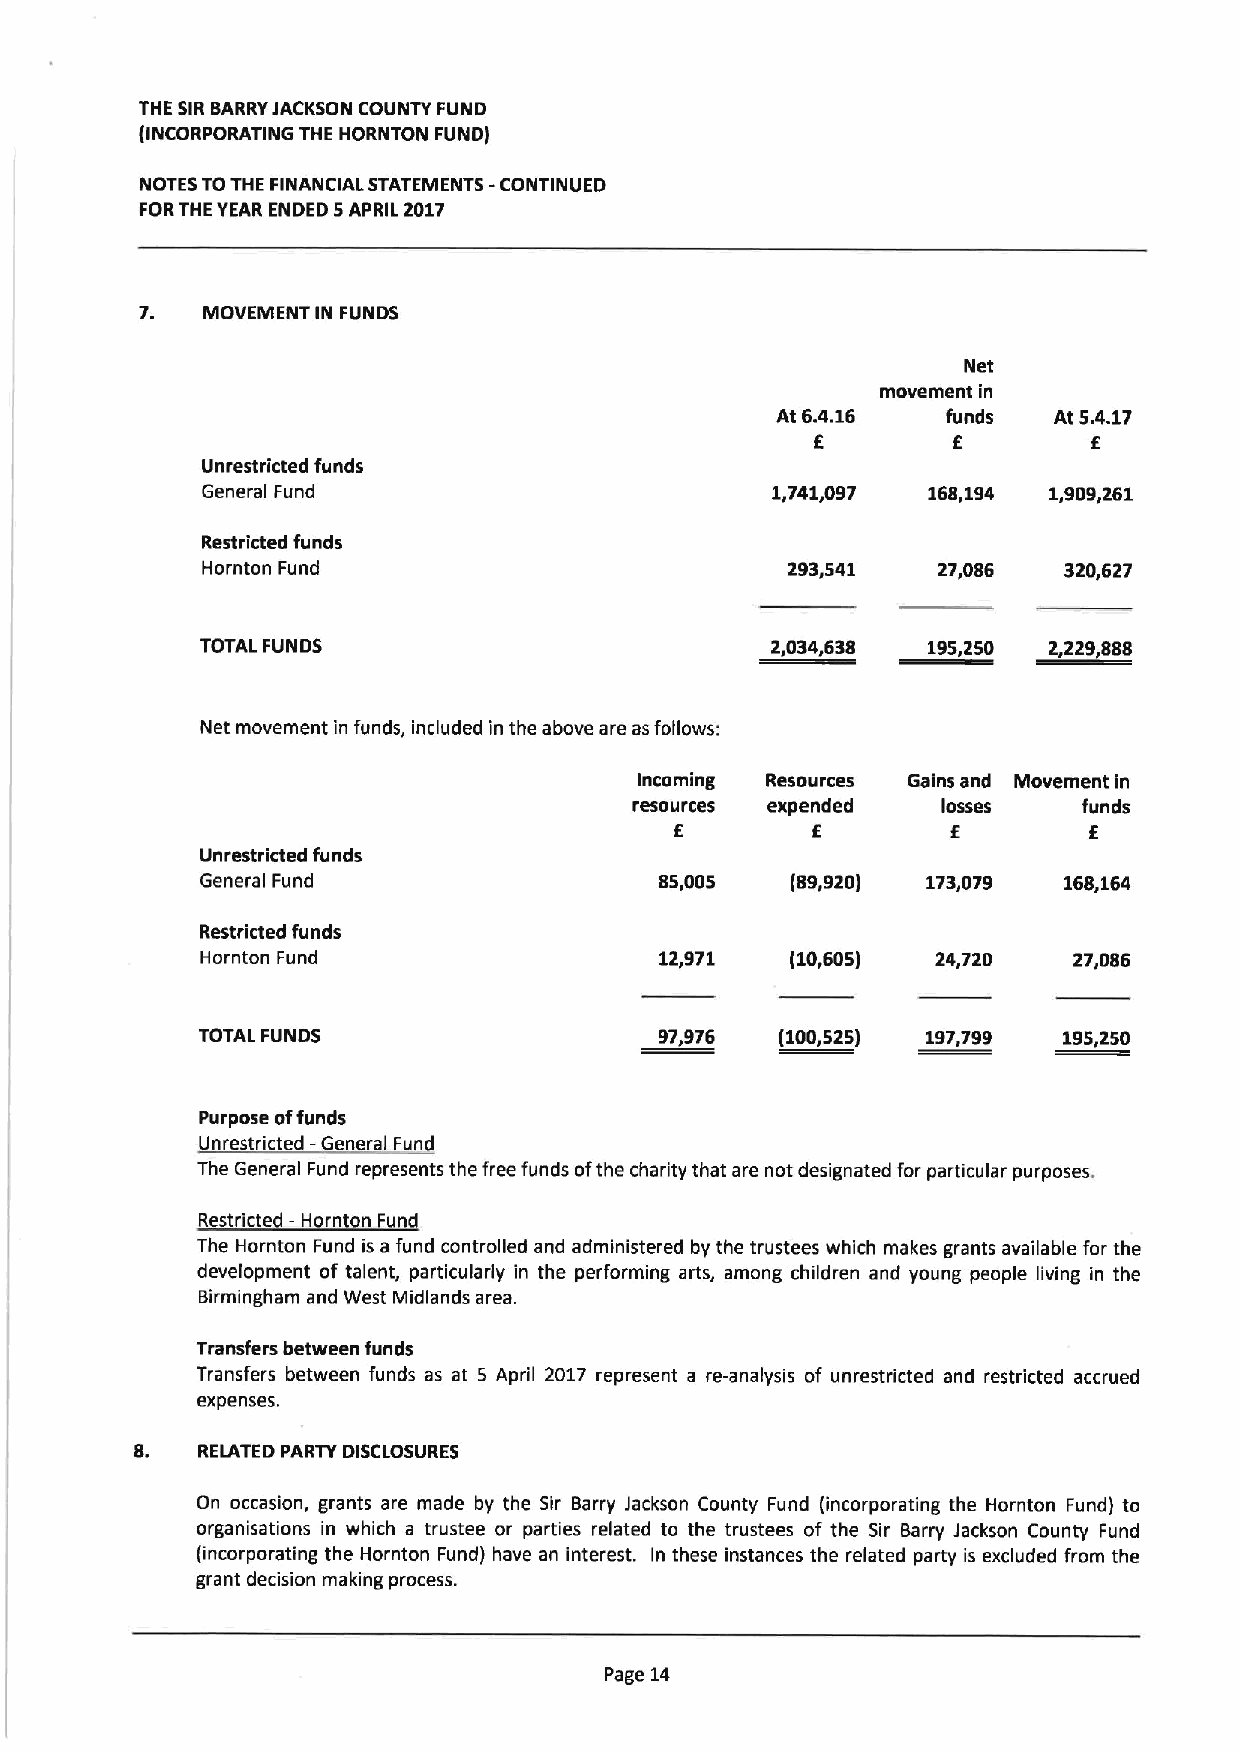
THE SIRBARRYJACKSON COUNTY FUND
 (INCORPORATING THE HORNTON FUND)
 -
 NOTES TOTHE FINANCIAL STATEMENTS CONTINUED
 FORTHE YEAR ENDED 5APRIL 2017
 7.  MOVEMENT IN FUNDS
 Net
 movement in
 At 6.4.16   funds  At 5.4.17
 f        f        f
 Unrestricted funds
 General Fund                          1,741,097 168,194 1,909,261
 Restricted funds
 Hornton Fund                           2930541   274086  3200627
 TOTALFUNDS                            2,004,008  95,250 2,229,000
 Net movement in funds, included in the above are as follows:
 Incoming Resources Gains and Movement in
 resources expended  losses    funds
 f        f        f        f
 Unrestricted funds
 General Fund                   85,005  (89,920) 173,079  168,164
 Restricted funds
 Hornton Fund                   120971  (100605)  240720   270086
 TOTAL FUNDS                    97,976  (100,525) 197,799 195,250
 Purpose offunds
 Unrestricted —General Fund
 The General Fund represents the free funds ofthe charity that are not designated for particular purposes.
 Restricted —Hornton Fund
 The I-lornton Fund is a fund controlled and administered by the trustees which makes grants available for the
 development of talent, particularly in the performing arts, among children and young people living in the
 Birmingham and West Midlands area.
 Transfers between funds
 Transfers between funds as at 5 April 2017 represent a re-analysis of unrestricted and restricted accrued
 expenses.
 RELATED PARTY DISCLOSURES
 On occasion, grants are made by the Sir Barry Jackson County Fund (incorporating the Hornton Fund) to
 organisations in which a trustee or parties related to the trustees of the Sir Barry Jackson County Fund
 (incorporating the I-lornton Fund) have an interest. In these instances the related party is excluded from the
 grant decision making process.
 Page 14